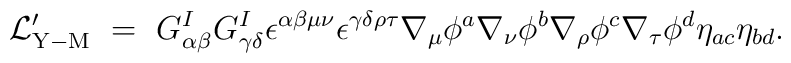
{\cal L}_{\rm Y-M}^\prime ~=~  G^I_{\alpha\beta} G^I_{\gamma\delta} \epsilon^{\alpha\beta\mu\nu} \epsilon^{\gamma\delta\rho\tau} \nabla_\mu \phi^a \nabla_\nu \phi^b \nabla_\rho \phi^c \nabla_\tau \phi^d \eta_{ac} \eta_{bd}.